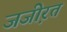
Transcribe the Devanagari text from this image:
जजी़रत